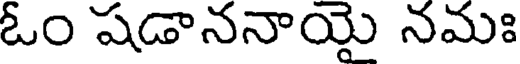
ఓం షడాననాయై నమః